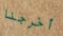
أخرجنا